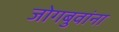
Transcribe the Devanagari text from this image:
जोगबुवांना